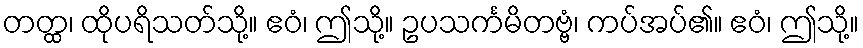
တတ္ထ၊ ထိုပရိသတ်သို့။ ဧဝံ၊ ဤသို့။ ဥပသင်္ကမိတဗ္ဗံ၊ ကပ်အပ်၏။ ဧဝံ၊ ဤသို့။